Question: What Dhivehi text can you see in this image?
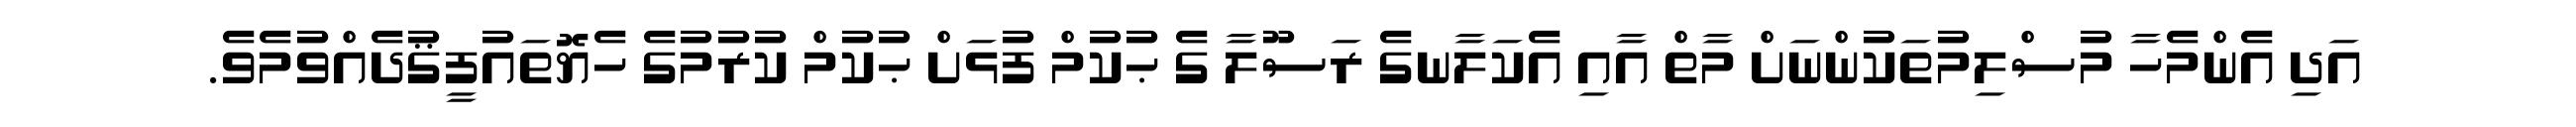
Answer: އަދި އެންމެހާ މުސްލިމުތަކުންނަށް މާތް އާއި އެކަލާނގެ ރަސޫލާ ގެ ޙުކުމް ފުޅަށް ޙުކުމް ކުރުމުގެ ހެޔޮތައުފީޤުދެއްވުމެވެ.